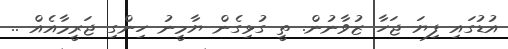
އުޑުގައި ފިޔަ ޖަހާ ޒުވާނުން. ތީ ގުޅިގެން ޔާމީނު ހިންގި ޖަރީމާއެއް ..